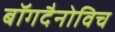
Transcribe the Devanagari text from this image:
बॉगदैनोविच